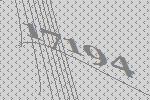
17194